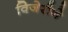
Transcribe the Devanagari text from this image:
विजेरीने